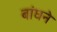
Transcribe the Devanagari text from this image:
बांघने